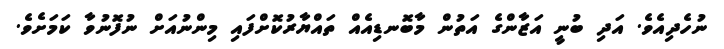
ނުހެދިއެވެ. އަދި ބުނީ އަޒާންގެ އަތުން މާބޮނޑިއެއް ތައްޔާރުކޮށްފައި މިންނުއަށް ނުފޮނުވާ ކަމަށެވެ.